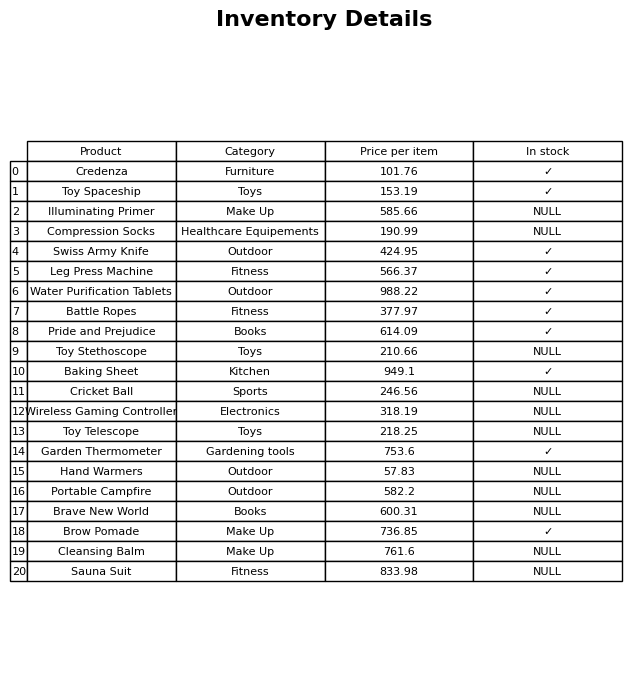
question: What is the price of the Wireless Gaming Controller?
answer: The price of Wireless Gaming Controller is 318.19.